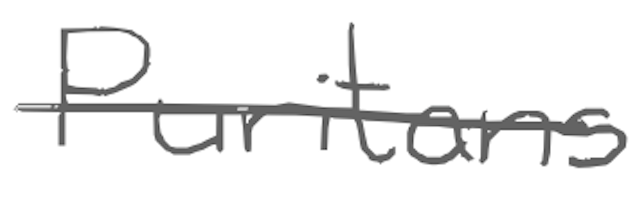
Text: Puritans
Cross-out: single-line
Writing tool: digital_gray